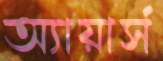
অ্যায়ার্স